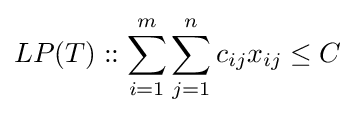
LP(T)::\sum _{i=1}^{m}\sum _{j=1}^{n}c_{ij}x_{ij}\leq C